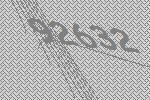
92632